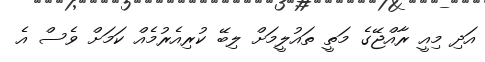
އަދި މިއީ ރާއްޖޭގެ މަތީ ތައުލީމަށް ލިބޭ ކުރިއެރުމެއް ކަމަށް ވެސް އެ